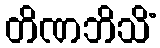
တိဏဘိသိံ